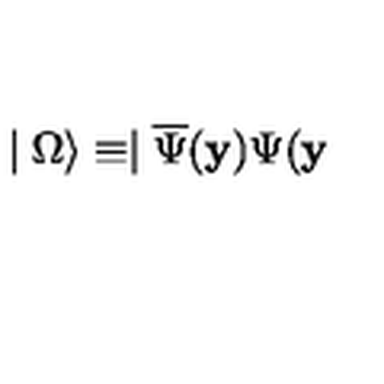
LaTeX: \mid \Omega \rangle \equiv \mid \overline { { \Psi } } ( \mathbf { y } ) \Psi ( \mathbf { y }